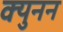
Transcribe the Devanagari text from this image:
क्युनन